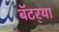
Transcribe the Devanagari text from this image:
बॅटर्‍या